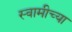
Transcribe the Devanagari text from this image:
स्‍वामीच्‍या